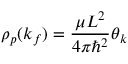
\rho _ { p } ( k _ { f } ) = \frac { \mu L ^ { 2 } } { 4 \pi \hbar ^ { 2 } } \d \theta _ { k }